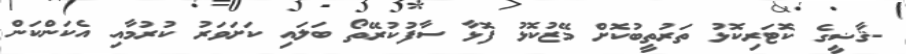
-ޤާޟީގެ ކޮޓަރިކޮޅު ތަރުތީބުކޮށް މޭޒުކޮޅު ފޮޅާ ސާފުކުރޭތޯ ބަލައި ކަށަވަރު ކުރުމާއި އެކަންކަން